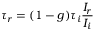
\tau _ { r } = ( 1 - g ) \tau _ { i } \frac { I _ { r } } { I _ { i } }